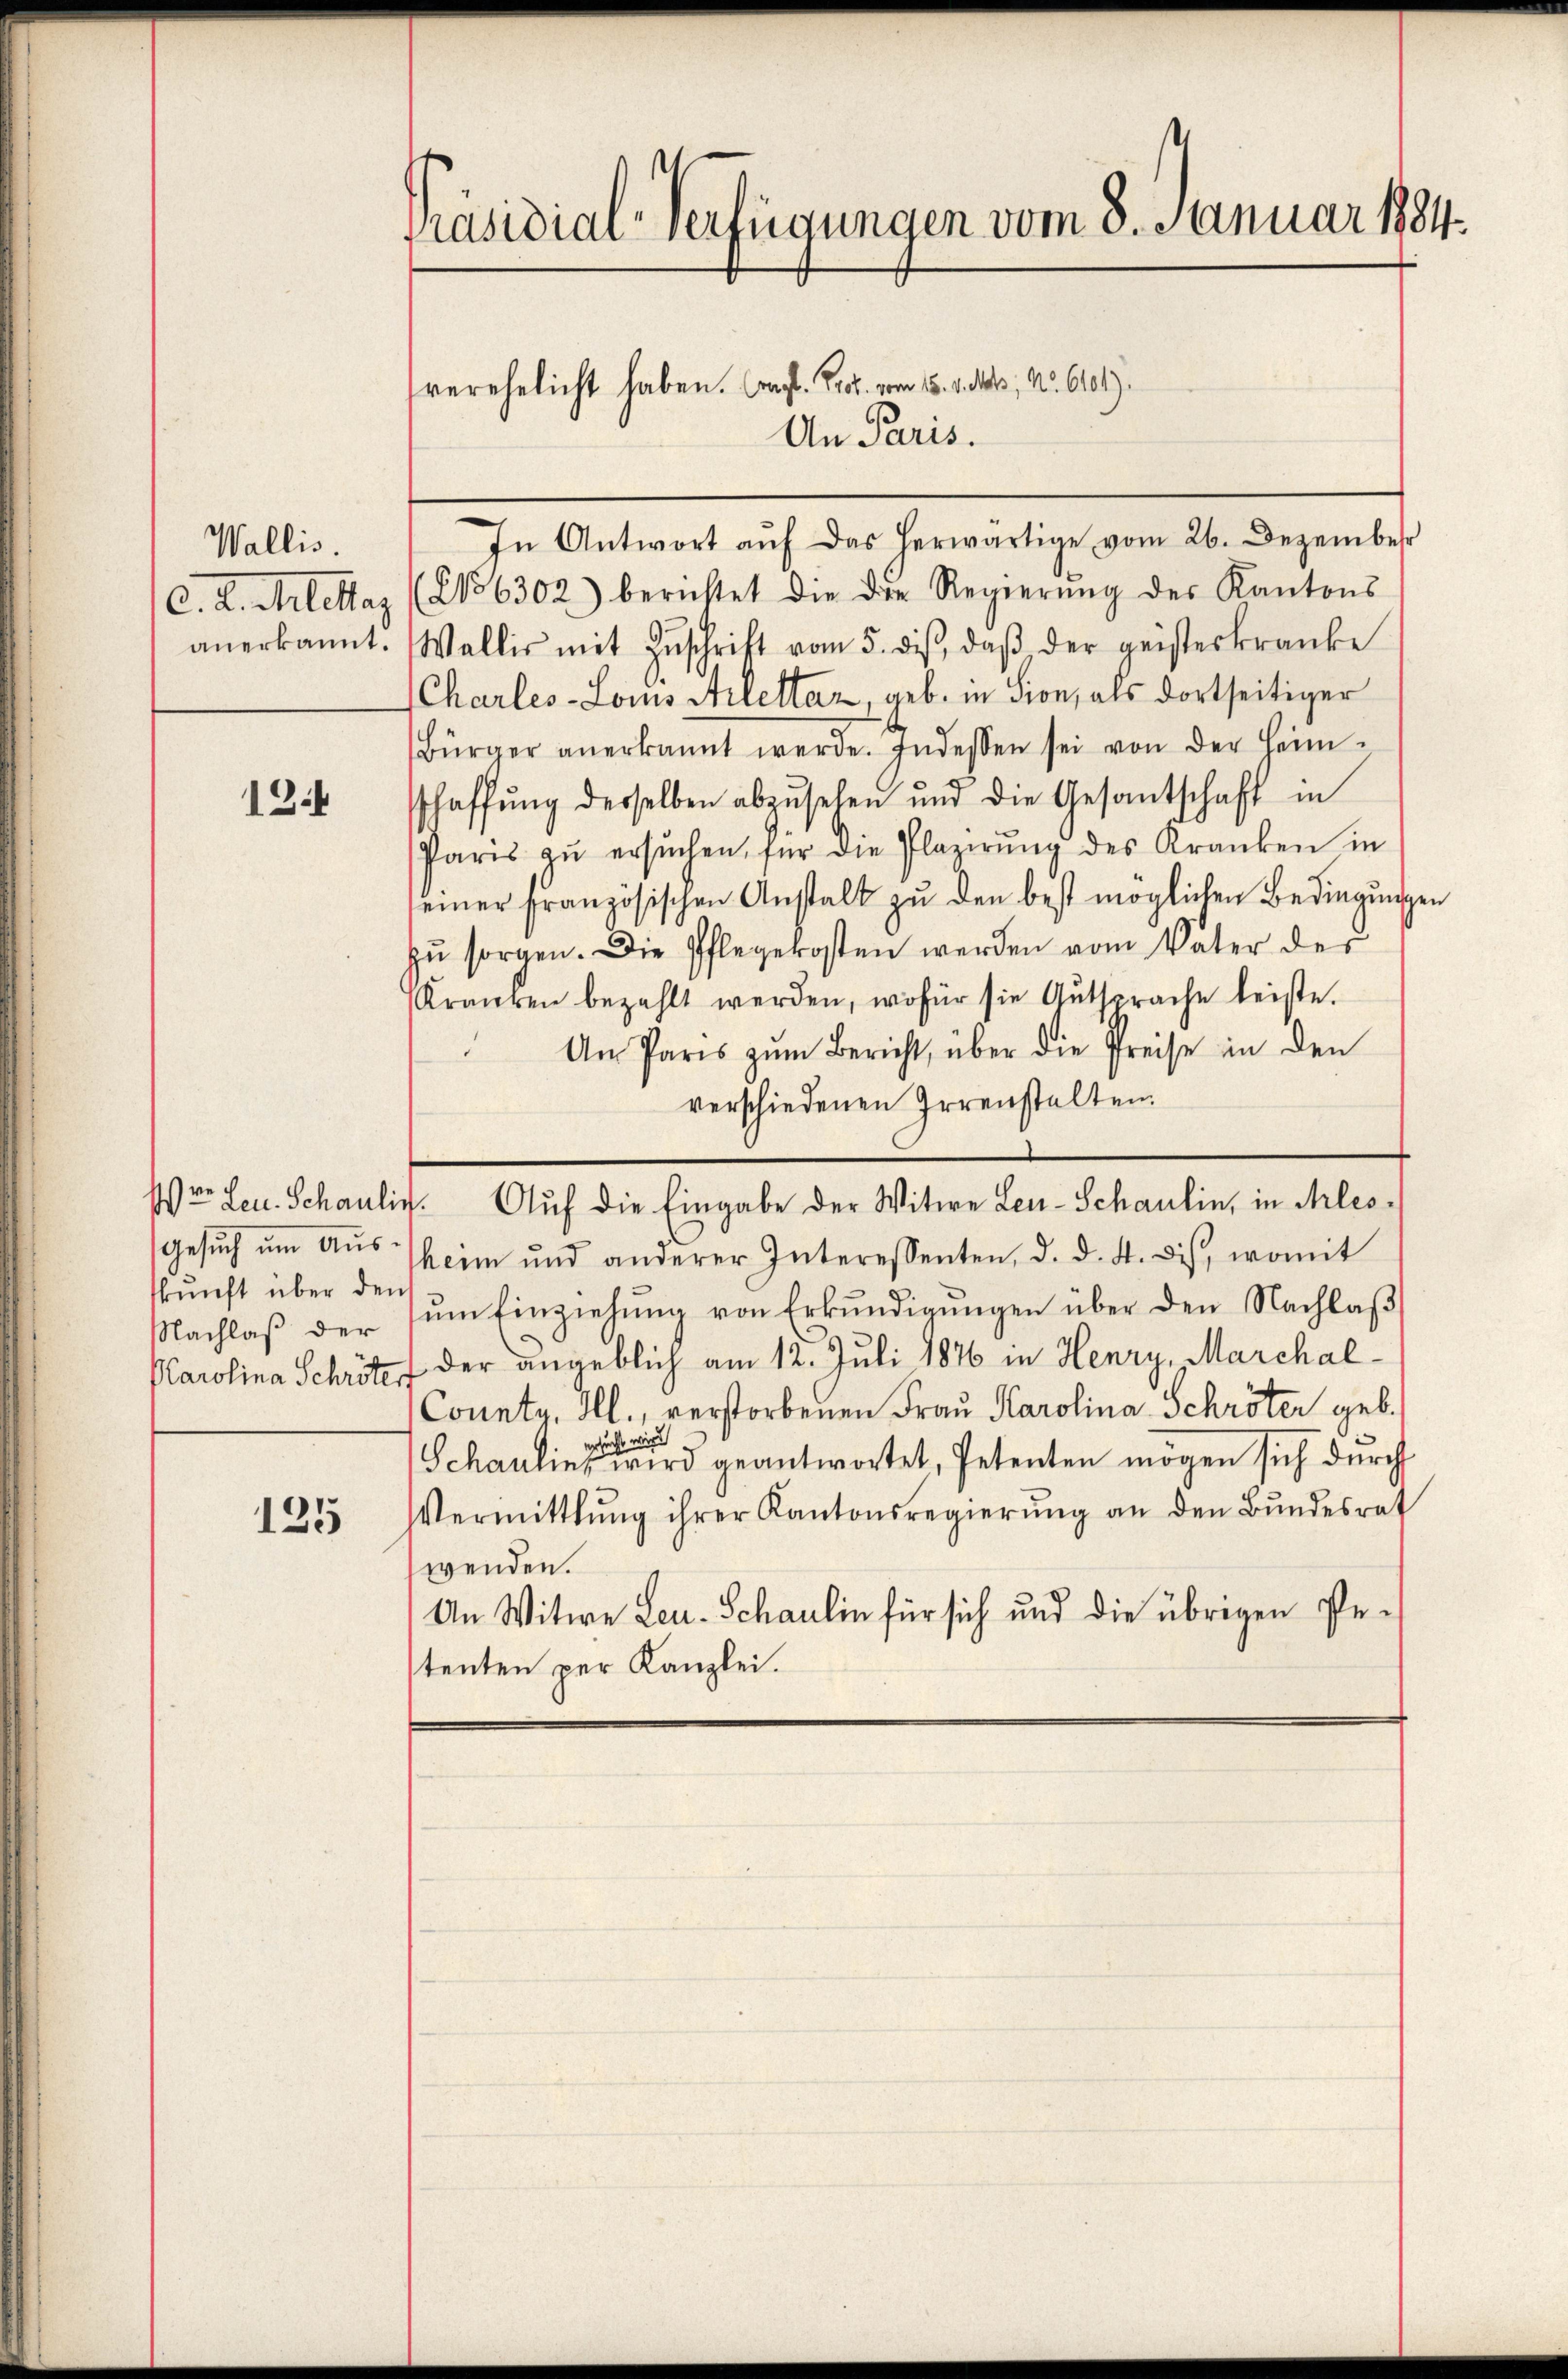
Wallis.
C. 2. Mittag
anerkannt.

13.

skunft über den
NNachlaß der

125

Präsidial-Verfügungen vom 8. Januar 1884.

verehelicht haben. Capt. Prof. vom 15. v. Ms., No. 611)
An Paris.
In Antwort aŭf das herwärtige vom 26. Dezember
(No 6302) berichtet die die Regierŭng des Kantons
Wallis mit Zŭschrift vom 5. diβ, daβ der geisteskranke
Charles-Lois Arlettaz, geb. in Sion, als dortseitiger
Bürger anerkannt werde. Indessen sei von der Heim-
sschaffŭng derselben abzŭsehen und die Gesantschaft in
Paris zŭ ersŭchen, für die Plazirŭng des Kranken in
einer französischen Anstalt zu den best möglichen Bedingungen
zŭ sorgen. Die Pflegekosten werden vom Vater der
Kranken bezahlt werden, wofür sie Antsprache leiste.
.
An Paris zŭm Bericht, über die Preise in den
verschiedenen Irrenstalten.
Wer Leu. Schaulin. Auf die Eingabe der Witwe Len-Schaulin, in Ales-
Gesŭch ŭm Aŭsheim und anderer Interessenten, d. d. 4. ds., womit
ŭm Einziehŭng von Erkŭndigŭngen über den Nachlaβ
Parolina Schröter der angeblich am 12. Juli 1876 in Henry, Marchal¬
(County, Ill., verstorbenen Frau Karolina Schröter geb.
ersucht wird
Schaulins wird geantwortet, Petenten mögen sich durch
Vermittlung ihrer Kantonsregierŭng an den Bŭndesrat
wenden.
An Witwe Leu- Schaulin für sich und die übrigen Pestenten per Kanzlei.